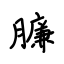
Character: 臁